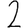
Digit: 2